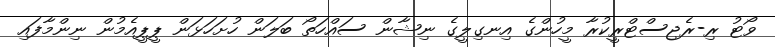
ވޯޓު ރި-ރެޖިސްޓްރީކުރާ މީހުންގެ އިނގިލީގެ ނިޝާން ސައްހަތޯ ބަލަން ހުށަހަޅަން ޕީޕީއެމުން ނިންމާފައި